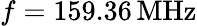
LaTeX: f=159.36\, \mathrm{MHz}